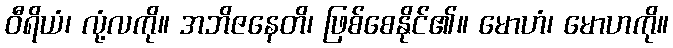
ဝီရိယံ၊ လုံ့လကို။ အဘိဇနေတိ၊ ဖြစ်စေနိုင်၏။ မောဟံ၊ မောဟကို။